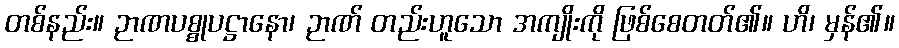
တစ်နည်း။ ဉာဏပစ္စုပဋ္ဌာနော၊ ဉာဏ် တည်းဟူသော အကျိုးကို ဖြစ်စေတတ်၏။ ဟိ၊ မှန်၏။